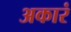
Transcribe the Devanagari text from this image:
अकारं